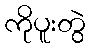
ကိုပူးတွဲ